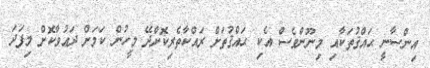
އިންސާނީ ޙައްްޤުތަކާއި މިނޫންވެސް އެކި ޙައްޤުތަށް ރައްކާތެރިކޮށްދޭ މީހުން ކަމަށް ދަޢުވާކޮށް މިފަދަ